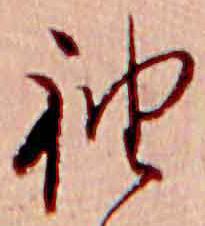
袖